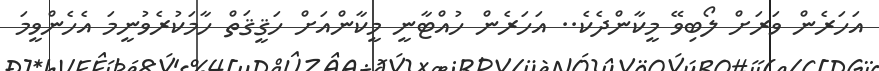
އަހަރެން ވަރަށް ލޯބިވޭ މީކާންދެކެ.. އަހަރެން ހުއްޓާނީ މީކާންއަށް ހަޤީޤަތް ހާމަކުރެވުނީމަ އެހެންވީމަ